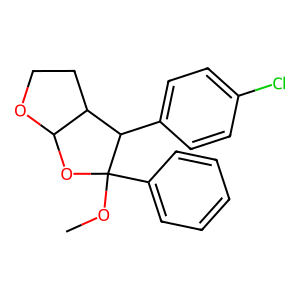
SMILES: COC1(c2ccccc2)OC2OCCC2C1c1ccc(Cl)cc1
Inhibits HIV replication: No